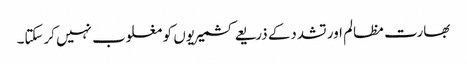
بھارت مظالم اور تشددکے ذریعے کشمیریوں کو مغلوب نہیں کرسکتا۔